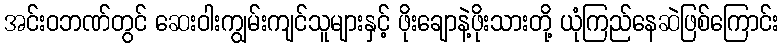
အင်းဝဘဏ်တွင် ဆေးဝါးကျွမ်းကျင်သူများနှင့် ဖိုးချောနဲ့ဖိုးသားတို့ ယုံကြည်နေဆဲဖြစ်ကြောင်း